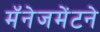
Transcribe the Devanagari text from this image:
मॅनेजमेंटने